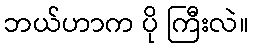
ဘယ်ဟာက ပို ကြီးလဲ။